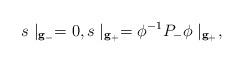
LaTeX: \begin{align*}s\mid _{{\bf g}_{-}}=0,s\mid _{{\bf g}_{+}}=\phi ^{-1}P_{-}\phi\mid _{{\bf g}_{+}},\end{align*}